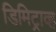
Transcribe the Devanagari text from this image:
डिमिट्राव्ह